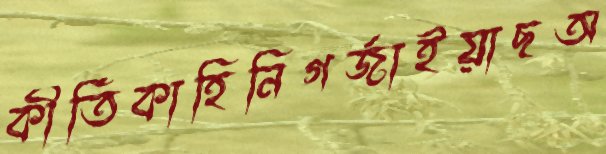
কীর্তিকাহিনিগর্জাইয়াছঅ